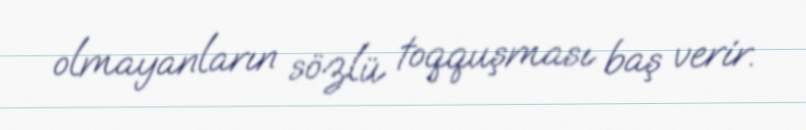
olmayanların sözlü toqquşması baş verir.